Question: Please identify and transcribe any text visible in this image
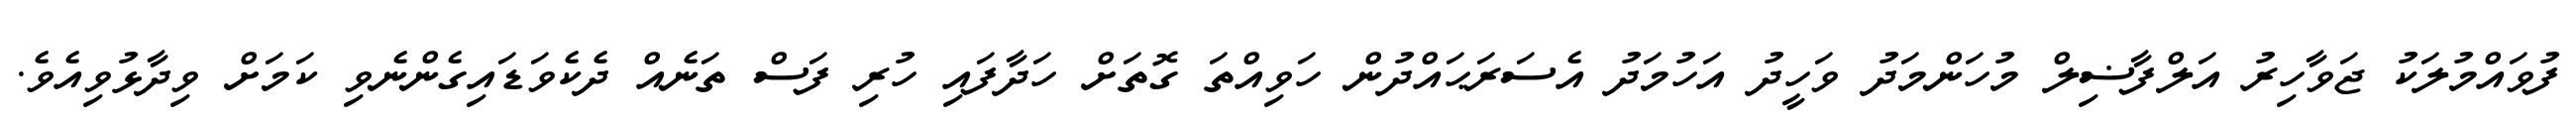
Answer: ފުވައްމުލަކު ޖަވާހިރު އަލްފާޟިލް މުހަންމަދު ވަހީދު އަހުމަދު އެސަރަޙައްދުން ހަވިއްތަ ގޮތަށް ހަދާފައި ހުރި ފަސް ތަނެއް ދެކެވަޑައިގެންނެވި ކަމަށް ވިދާޅުވިއެވެ.